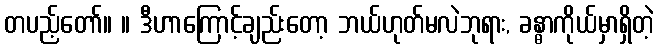
တပည့်တော်။ ။ ဒီဟာကြောင့်ချည်းတော့ ဘယ်ဟုတ်မလဲဘုရား, ခန္ဓာကိုယ်မှာရှိတဲ့